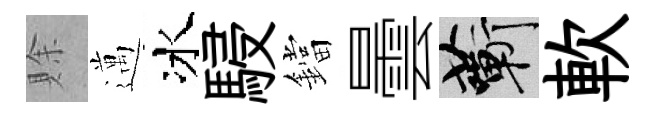
賖邁冰駸鐺曇蔪軟